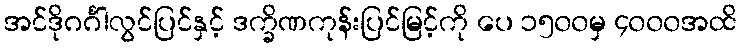
အင်ဒိုဂင်္ဂါလွင်ပြင်နှင့် ဒက္ခိဏကုန်းပြင်မြင့်ကို ပေ ၁၅၀၀မှ ၄၀၀၀အထိ